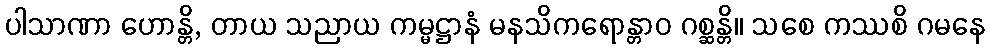
ပါသာဏာ ဟောန္တိ, တာယ သညာယ ကမ္မဋ္ဌာနံ မနသိကရောန္တာဝ ဂစ္ဆန္တိ။ သစေ ကဿစိ ဂမနေ